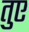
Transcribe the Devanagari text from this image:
तुए